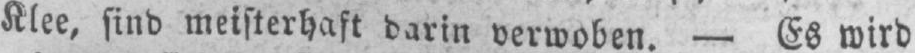
Klee, sind meisterhaft darin verwoben. - Es wird